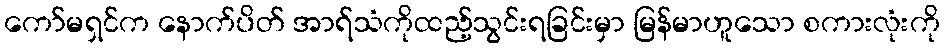
ကော်မရှင်က နောက်ပိတ် အာရ်သံကိုထည့်သွင်းရခြင်းမှာ မြန်မာဟူသော စကားလုံးကို